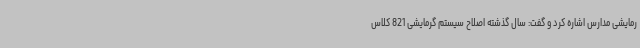
رمایشی مدارس اشاره کرد و گفت: سال گذشته اصلاح سیستم گرمایشی 821 کلاس